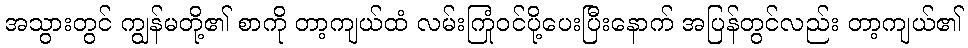
အသွားတွင် ကျွန်မတို့၏ စာကို တာ့ကျယ်ထံ လမ်းကြုံဝင်ပို့ပေးပြီးနောက် အပြန်တွင်လည်း တာ့ကျယ်၏